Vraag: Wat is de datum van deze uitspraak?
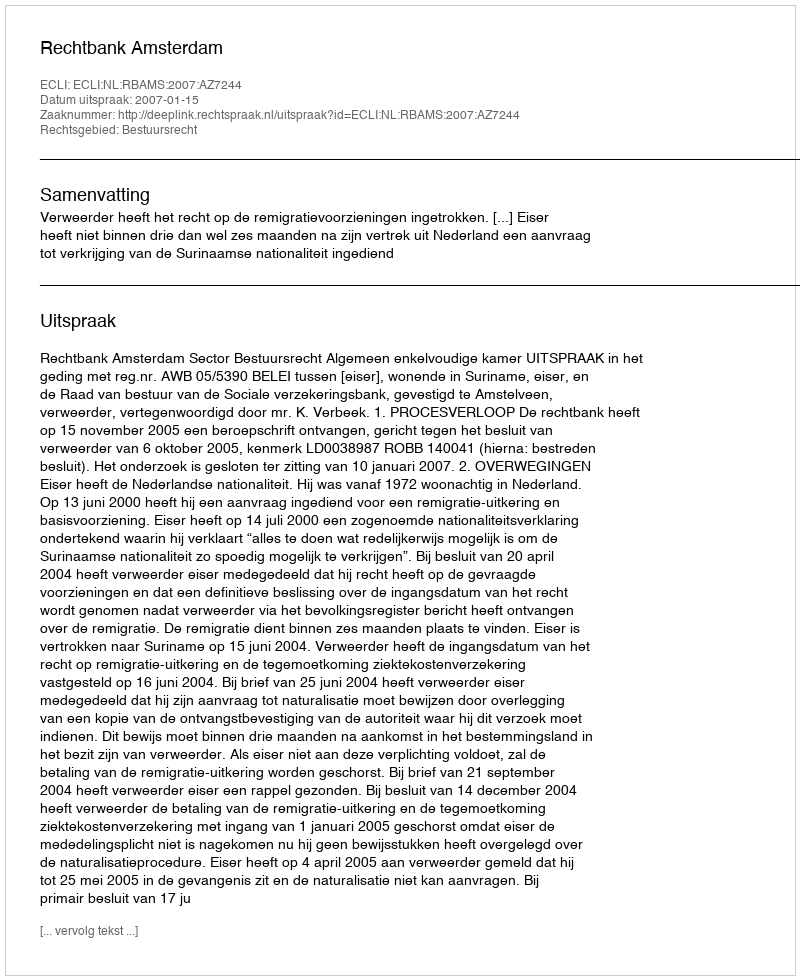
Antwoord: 2007-01-15